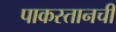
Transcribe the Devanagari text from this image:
पाकस्तानची